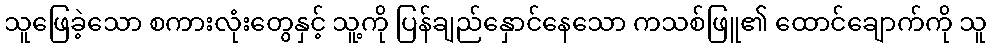
သူဖြေခဲ့သော စကားလုံးတွေနှင့် သူ့ကို ပြန်ချည်နှောင်နေသော ကသစ်ဖြူ၏ ထောင်ချောက်ကို သူ